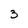
Character: 3